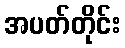
အပတ်တိုင်း